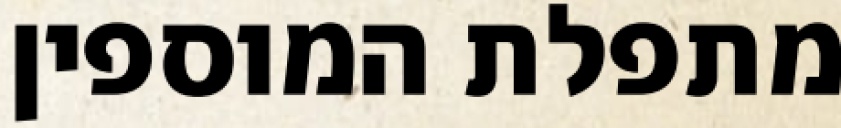
מתפלת המוספין